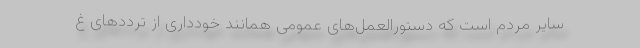
سایر مردم است که دستورالعمل‌های عمومی همانند خودداری از ترددهای غ